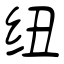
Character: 纽